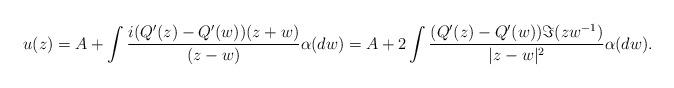
LaTeX: \begin{align*}u(z)=A+\int \frac{i(Q'(z)-Q'(w))(z+w)}{(z-w)}\alpha(dw)=A+2\int \frac{(Q'(z)-Q'(w))\Im(zw^{-1})}{|z-w|^{2}}\alpha(dw).\end{align*}